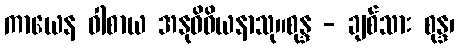
ကာယေန ဝါစာယ အနုဝိဓိယနာသု။စုန္ဒ - ချစ်သား စုန္ဒ၊